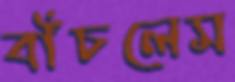
বাঁচলেম